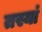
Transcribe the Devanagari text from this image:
तस्यां